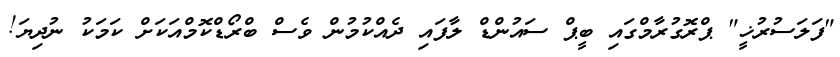
"ފަލަސުރުޚީ" ޕްރޮގުރާމްގައި ބީޕް ސައުންޑް ލާފައި ދެއްކުމުން ވެސް ބްރޯޑްކޮމްއަކަށް ކަމަކު ނުދިޔަ!